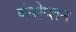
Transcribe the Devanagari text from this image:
कंसेप्शन